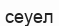
сеуел